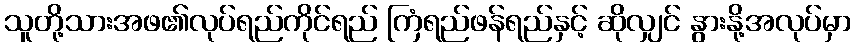
သူတို့သားအဖ၏လုပ်ရည်ကိုင်ရည် ကြံရည်ဖန်ရည်နှင့် ဆိုလျှင် နွားနို့အလုပ်မှာ